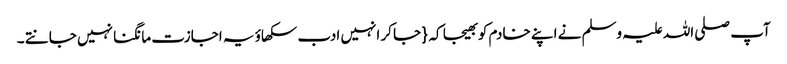
آپ صلی اللہ علیہ وسلم نے اپنے خادم کو بھیجا کہ { جا کر انہیں ادب سکھاؤ یہ اجازت مانگنا نہیں جانتے ۔